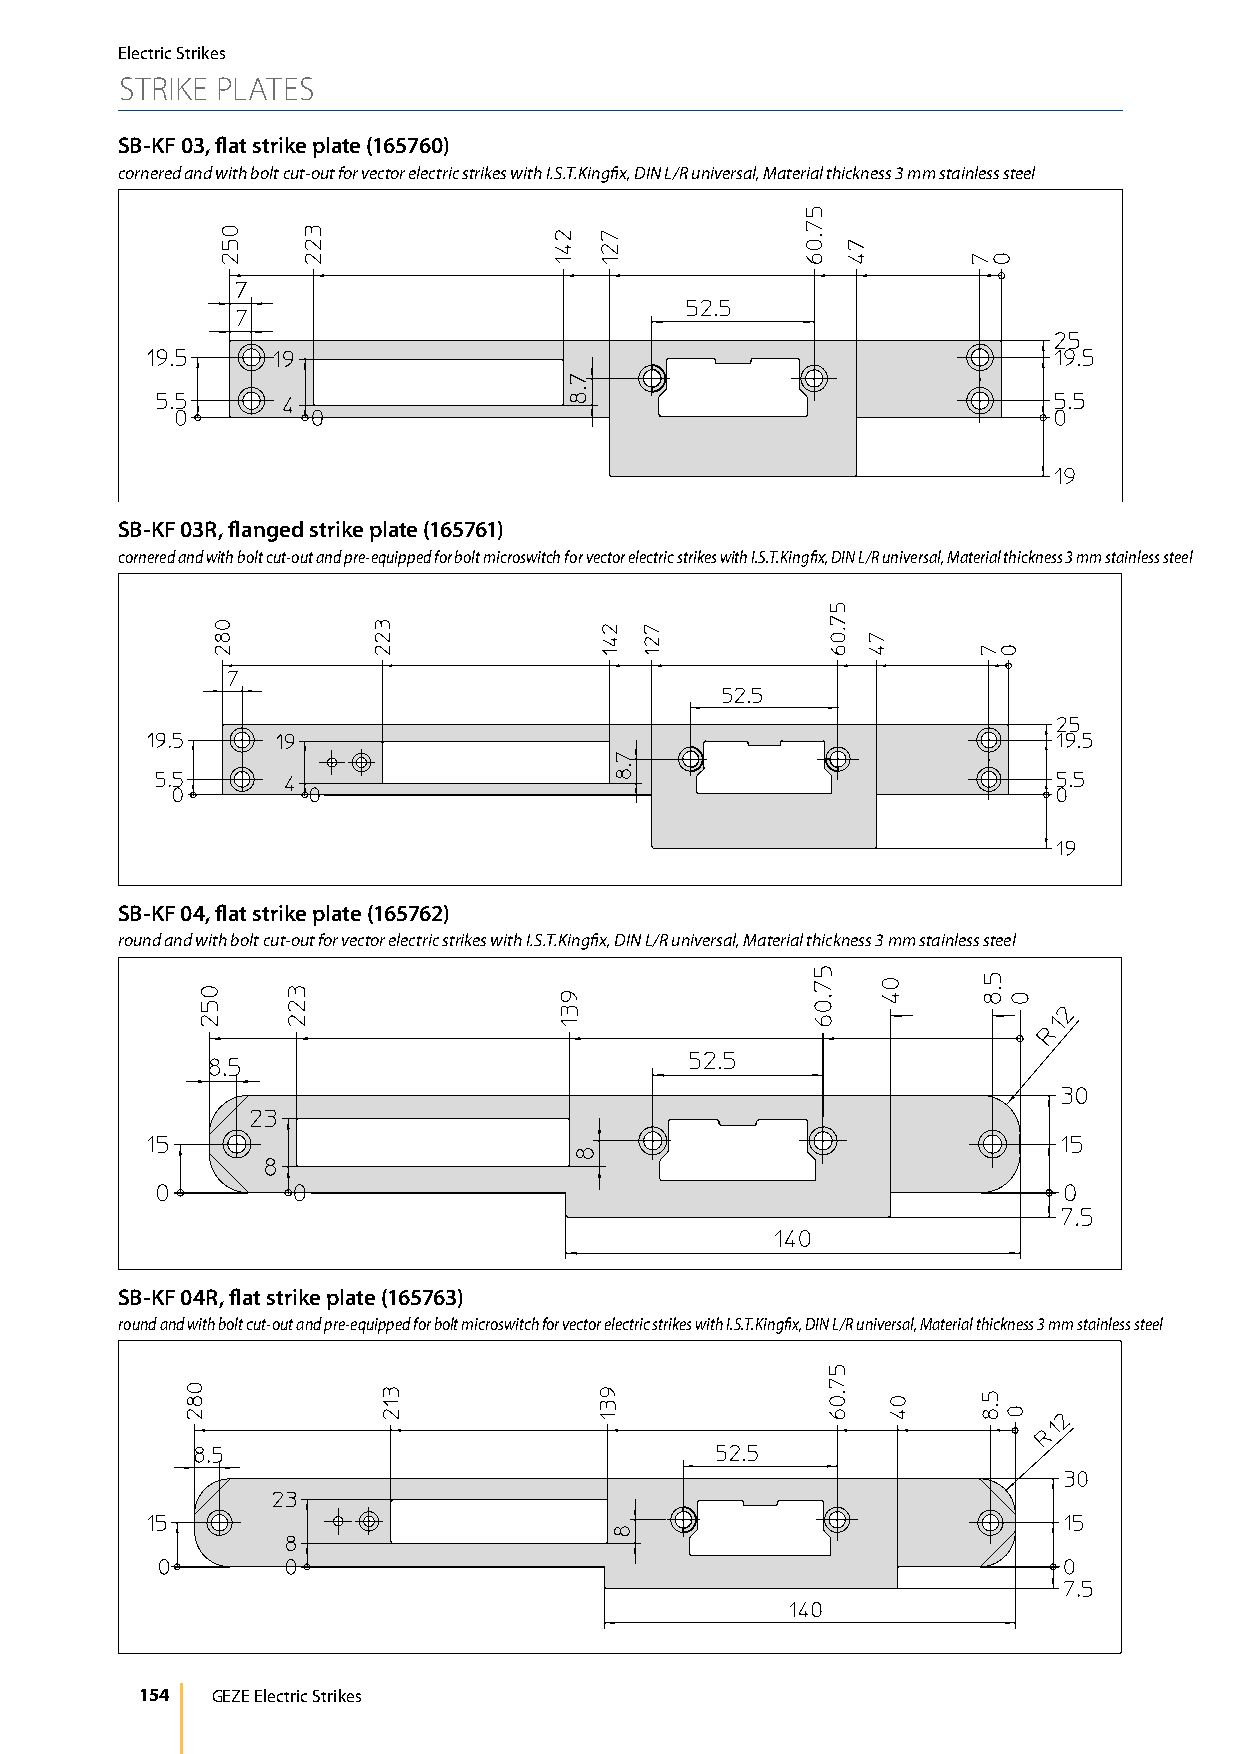
Electric Strikes
 STRIKE PLATES
 SB-KF 03, flat strike plate (165760)
 cornered and with bolt cut-out for vector electric strikes with I.S.T.Kingfix, DIN L/R universal, Material thickness 3 mm stainless steel
 SB-KF 03R, flanged strike plate (165761)
 cornered and with bolt cut-out and pre-equipped for bolt microswitch for vector electric strikes with I.S.T.Kingfix, DIN L/R universal, Material thickness 3 mm stainless steel
 SB-KF 04, flat strike plate (165762)
 round and with bolt cut-out for vector electric strikes with I.S.T.Kingfix, DIN L/R universal, Material thickness 3 mm stainless steel
 SB-KF 04R, flat strike plate (165763)
 round and with bolt cut-out and pre-equipped for bolt microswitch for vector electric strikes with I.S.T.Kingfix, DIN L/R universal, Material thickness 3 mm stainless steel
 154  GEZE Electric Strikes